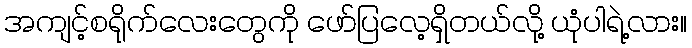
အကျင့်စရိုက်လေးတွေကို ဖော်ပြလေ့ရှိတယ်လို့ ယုံပါရဲ့လား။